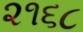
૨૧૬૮